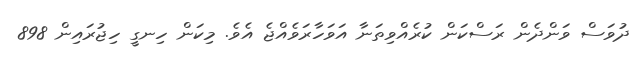
ދުވަސް ވަންދެން ރަސްކަން ކުރެއްވިތަނާ އަވަހާރަވެއްޖެ އެވެ. މިކަން ހިނގީ ހިޖުރައިން 898